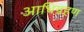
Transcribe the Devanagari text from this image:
आधिग्रहण